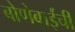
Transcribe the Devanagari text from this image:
बोणेबाईंची